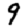
Digit: 9